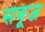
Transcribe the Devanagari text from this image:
सबूज